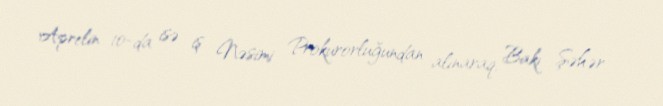
Aprelin 10-da isə iş Nəsimi Prokurorluğundan alınaraq, Bakı Şəhər